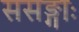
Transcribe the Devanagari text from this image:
ससङ्गाः